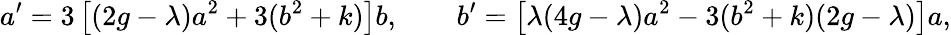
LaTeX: a^{\prime}=3\left[(2g-\lambda)a^{2}+3(b^{2}+k)\right]b,\qquad b^{\prime}=\left[\lambda(4g-\lambda)a^{2}-3(b^{2}+k)(2g-\lambda)\right]a,